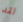
لقد